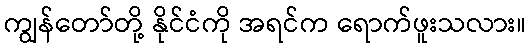
ကျွန်တော်တို့ နိုင်ငံကို အရင်က ရောက်ဖူးသလား။